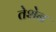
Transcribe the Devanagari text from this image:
तेशेन